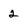
Character: 2